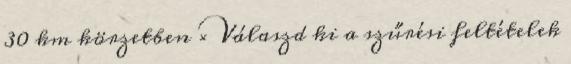
30 km körzetben × Válaszd ki a szűrési feltételek